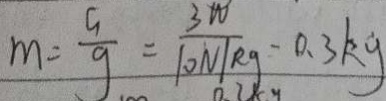
m = \frac { G } { g } = \frac { 3 w } { 1 0 N / k g } - 0 . 3 k g